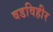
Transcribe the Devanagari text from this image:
वडविहीर